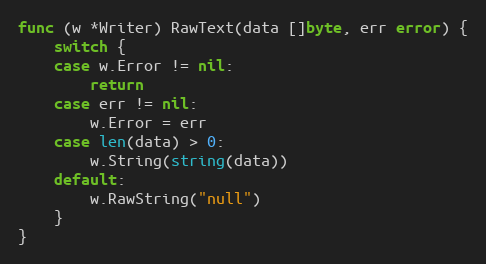
Language: Go
func (w *Writer) RawText(data []byte, err error) {
	switch {
	case w.Error != nil:
		return
	case err != nil:
		w.Error = err
	case len(data) > 0:
		w.String(string(data))
	default:
		w.RawString("null")
	}
}